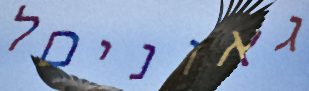
גאוניםל